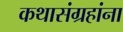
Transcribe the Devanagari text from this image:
कथासंग्रहांना